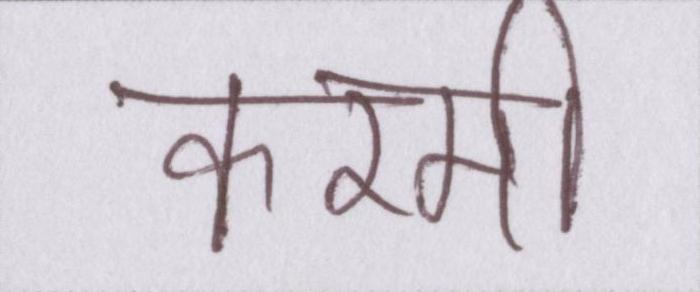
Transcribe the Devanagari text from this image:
करमी